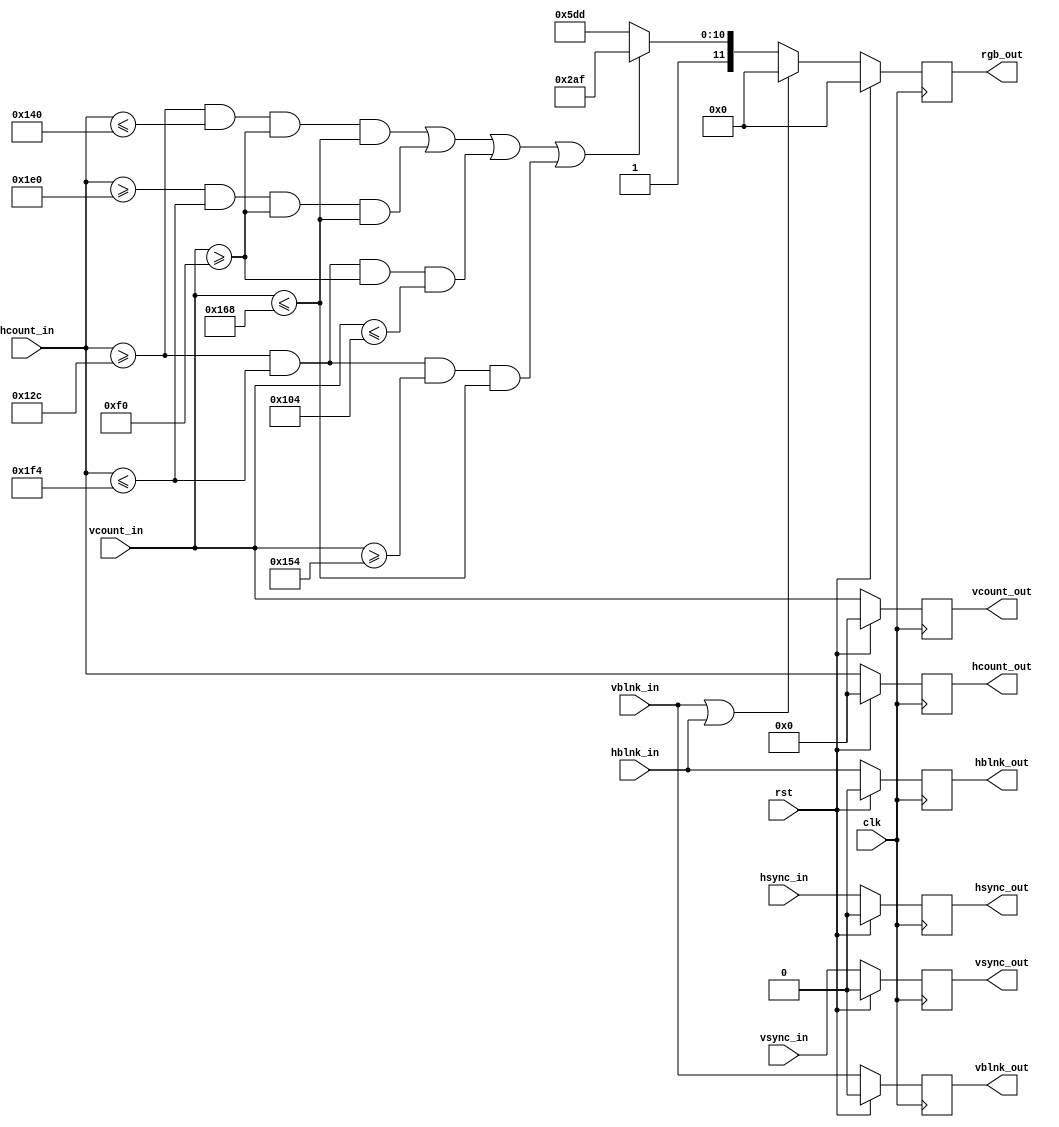
module draw_end_background (
  input wire [10:0] vcount_in,
  input wire vsync_in,
  input wire vblnk_in,
  input wire [10:0] hcount_in,
  input wire hsync_in,
  input wire hblnk_in,
  input wire clk,
  input wire rst,
  
  output reg [10:0] vcount_out,
  output reg vsync_out,
  output reg vblnk_out,
  output reg [10:0] hcount_out,
  output reg hsync_out,
  output reg hblnk_out,
  output reg [11:0] rgb_out
  );
  
  reg [11:0] rgb_out_nxt;
       
  always @(posedge clk)
    begin
        if(rst)begin
            vcount_out <= 0;
            hcount_out <= 0;
                
            vsync_out <= 0;
            vblnk_out <= 0;
            hsync_out <= 0;
            hblnk_out <= 0;
                
            rgb_out <= 0;
        end
        else begin
            vcount_out <= vcount_in;
            hcount_out <= hcount_in;
                
            vsync_out <= vsync_in;
            vblnk_out <= vblnk_in;                
            hsync_out <= hsync_in;
            hblnk_out <= hblnk_in;
                
            rgb_out <= rgb_out_nxt;
         end
    end
    
    always @*
        begin
            // During blanking, make it it black.
            if (vblnk_in || hblnk_in) rgb_out_nxt <= 12'h0_0_0; 
            
            else if (((hcount_in>=300) && (hcount_in<=320) && (vcount_in>=240) && (vcount_in<=360)) 
                      || ((hcount_in>=480) && (hcount_in<=500) && (vcount_in>=240) && (vcount_in<=360))
                      || ((hcount_in>=300) && (hcount_in<=500) && (vcount_in>=240) && (vcount_in<=260))
                      || ((hcount_in>=300) && (hcount_in<=500) && (vcount_in>=340) && (vcount_in<=360)))
                      rgb_out_nxt <= 12'ha_a_f;
                            
                            
              else rgb_out_nxt <= 12'hd_d_d;
            
        end     
endmodule